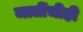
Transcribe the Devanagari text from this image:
जातींचीही